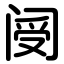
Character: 阌